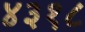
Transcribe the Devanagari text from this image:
४३१८